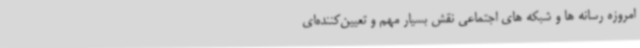
امروزه رسانه ها و شبکه های اجتماعی نقش بسیار مهم و تعیین‌کننده‌ای